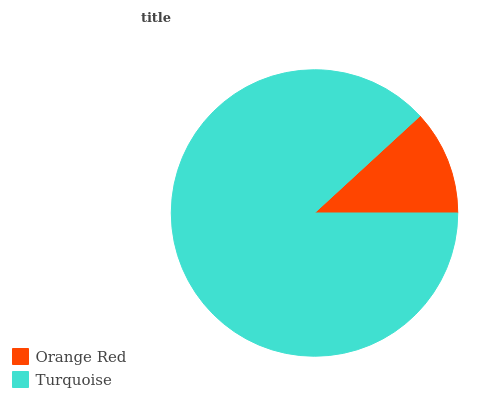
| Orange Red | Turquoise |
 | --- | --- |
 | 11.8% | 88.2% |